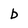
Character: b